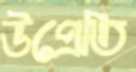
উপ্রেতি